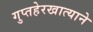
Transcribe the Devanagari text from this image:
गुप्तहेरखात्याने